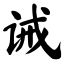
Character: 诫